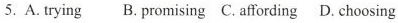
5. A. trying B. promising C. affording D. choosing